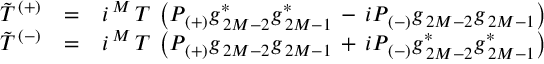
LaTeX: \begin{array} { c c l } { { \tilde { T } ^ { \, ( + ) } } } & { { = } } & { { i ^ { \, M } \, T \, \left( P _ { \, ( + ) } g _ { \, 2 M - 2 } ^ { \ast } g _ { \, 2 M - 1 } ^ { \ast } \, - \, i P _ { \, ( - ) } g _ { \, 2 M - 2 } g _ { \, 2 M - 1 } \right) } } \\ { { \tilde { T } ^ { \, ( - ) } } } & { { = } } & { { i ^ { \, M } \, T \, \left( P _ { \, ( + ) } g _ { \, 2 M - 2 } g _ { \, 2 M - 1 } \, + \, i P _ { \, ( - ) } g _ { \, 2 M - 2 } ^ { \ast } g _ { \, 2 M - 1 } ^ { \ast } \right) } } \end{array}